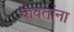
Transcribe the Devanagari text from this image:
चावतांना